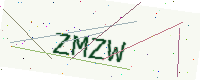
Text: ZMZW